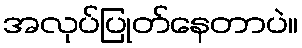
အလုပ်ပြုတ်နေတာပဲ။